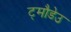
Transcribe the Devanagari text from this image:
ट्मौडेउ